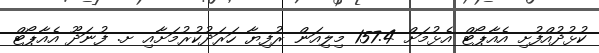
ކުޅުދުއްފުށި އެއާޕޯޓް އެޅުމަށް 157.4 މިލިއަން ރުފިޔާ ހަރަދުކުރުމަށާއި ށ. ފުނަދޫ އެއާޕޯޓް